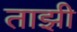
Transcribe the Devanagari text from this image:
ताझी